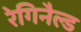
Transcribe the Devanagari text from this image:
रेगिनैल्ड